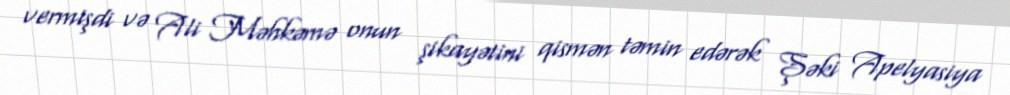
vermişdi və Ali Məhkəmə onun şikayətini qismən təmin edərək Şəki Apelyasiya